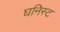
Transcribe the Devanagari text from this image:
घनिस्ट